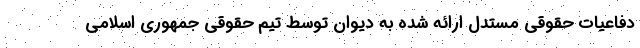
دفاعیات حقوقی مستدل ارائه شده به دیوان توسط تیم حقوقی جمهوری اسلامی